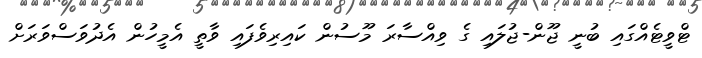
ޓްވީޓެއްގައި ބުނީ ޖޫން-ޖުލައި ގެ ވިއްސާރަ މޫސުން ކައިރިވެފައި ވާތީ އެމީހުން އެދުވަސްވަރަށް